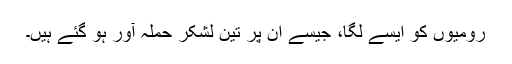
رومیوں کو ایسے لگا، جیسے ان پر تین لشکر حملہ آور ہو گئے ہیں۔